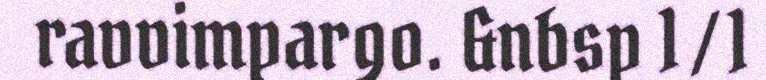
ravvimpargo. &nbsp 1 / 1